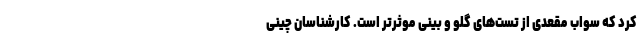
کرد که سواب مقعدی از تست‌های گلو و بینی موثرتر است. کارشناسان چینی